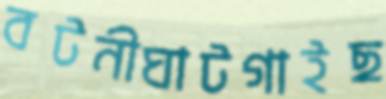
বটনীঘাটগাইছ